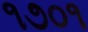
૧૭૦૧